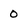
Character: 0